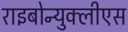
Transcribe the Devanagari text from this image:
राइबोन्युक्लीएस